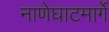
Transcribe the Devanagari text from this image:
नाणेघाटमार्गे